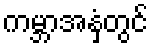
ကမ္ဘာအနှံ့တွင်